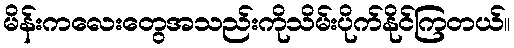
မိန်းကလေးတွေအသည်းကိုသိမ်းပိုက်နိုင်ကြတယ်။